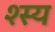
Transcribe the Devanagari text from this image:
श्स्य